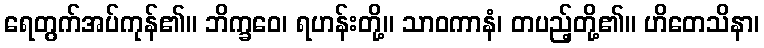
ရေတွက်အပ်ကုန်၏။ ဘိက္ခဝေ၊ ရဟန်းတို့။ သာဝကာနံ၊ တပည့်တို့၏။ ဟိတေသိနာ၊